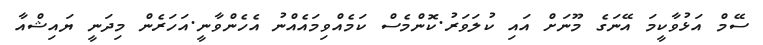
ސޭމް އަޅުވާކީމަ އޭނަގެ މޫނަށް އައި ކުލަވަރު.ކޮންމެސް ކަމެއްވިމައެއްނު އެހެންވާނީ.އަހަރެން މިދަނީ ޔައިޝްއާ